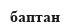
баптан